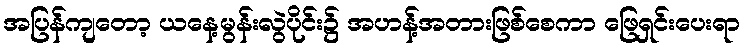
အပြန်ကျတော့ ယနေ့မွန်းလွဲပိုင်း၌ အဟန့်အတားဖြစ်စေကာ ဖြေရှင်းပေးရာ